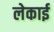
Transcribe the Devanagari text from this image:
लेकाई